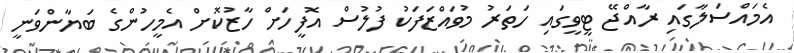
އެމައްސަލާގައި ރާއްޖޭ ޓީވީގައި ހަތަރު މުވައްޒަފަކު ފުލުސް އޮފީހަށް ހާޒުކޮށް އެމީހުންގެ ބަޔާންވަނީ